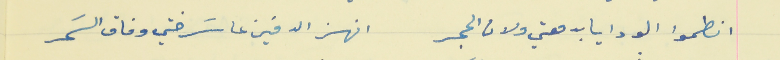
انطموا الودايا  بدمعتي ولان الحجر                           انهز الدفين عا سَرختي وفاق السَمر